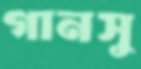
গানসু